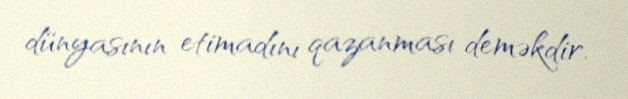
dünyasının etimadını qazanması deməkdir.